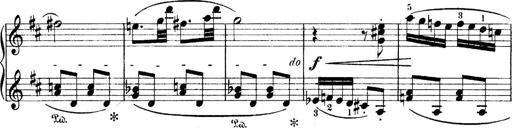
Title: 4 Sonatines
Composer: Max Reger